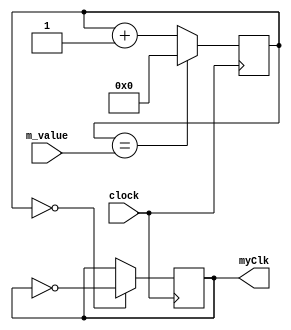
`timescale 1ns / 1ps
//////////////////////////////////////////////////////////////////////////////////
// Company: 
// Engineer: 
// 
// Design Name: 
// Module Name: clock_divider
// Project Name: 
// Target Devices: 
// Tool Versions: 
// Description: 
// 
// Dependencies: 
// 
// Revision:
// Revision 0.01 - File Created
// Additional Comments:
// 
//////////////////////////////////////////////////////////////////////////////////


module clock_divider(input clock, input [31:0] m_value, output reg myClk = 0);

reg [31:0] count = 0;

always @ (posedge clock) begin

count <= (count == m_value) ? 0 : count + 1;
myClk <= (count == 0) ? ~myClk : myClk; 

end

endmodule